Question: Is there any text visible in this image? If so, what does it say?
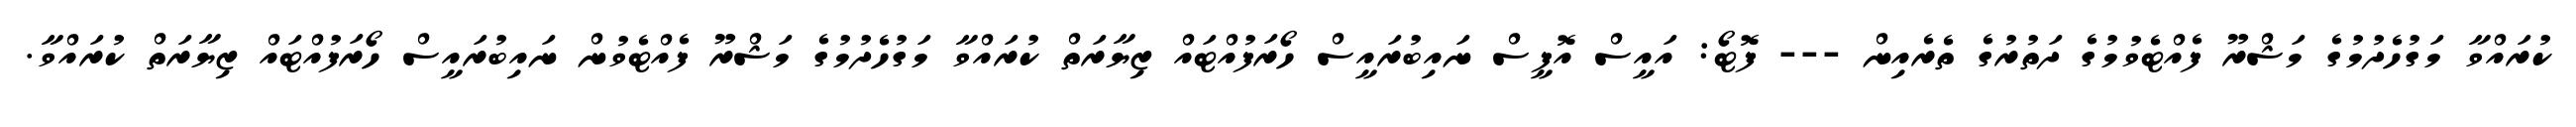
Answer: ކުރައްވާ މަގުހެދުމުގެ މަޝްރޫ ފެއްޓެވުމުގެ ދަތުރުގެ ތެރެއިން --- ފޮޓޯ: އައީސް އޮފީސް ނައިބުރައީސް ހޯރަފުއްޓައް ޒިޔާރަތް ކުރައްވާ މަގުހެދުމުގެ މަޝްރޫ ފެއްޓެވުން ނައިބުރައީސް ހޯރަފުއްޓައް ޒިޔާރަތް ކުރައްވާ.